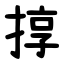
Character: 㨃